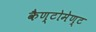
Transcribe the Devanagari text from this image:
कैण्‍टोमेण्‍ट